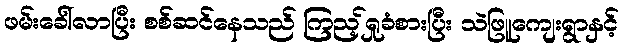
ဖမ်းခေါ်လာပြီး စစ်ဆင်နေသည် ကြည့်ရှုခံစားပြီး သဲဖြူကျေးရွာနှင့်